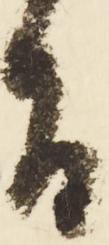
旨